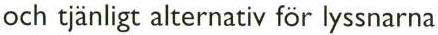
och tjänligt alternativ för lyssnarna